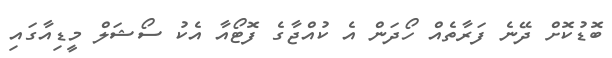
ބޮޑުކޮށް ދޭނެ ފަރާތެއް ހޯދަން އެ ކުއްޖާގެ ފޮޓޯއާ އެކު ސޯޝަލް މީޑިއާގައި